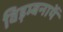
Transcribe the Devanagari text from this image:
विड़म्बनायें